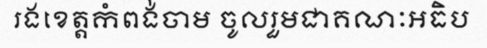
រងខេត្តកំពង់ចាម ចូលរួមជាគណៈអធិប